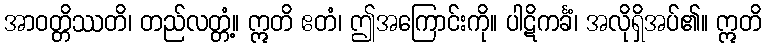
အာဝတ္တိဿတိ၊ တည်လတ္တံ့။ ဣတိ ဧတံ၊ ဤအကြောင်းကို။ ပါဋိကင်္ခံ၊ အလိုရှိအပ်၏။ ဣတိ